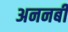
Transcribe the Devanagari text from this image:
अननबी